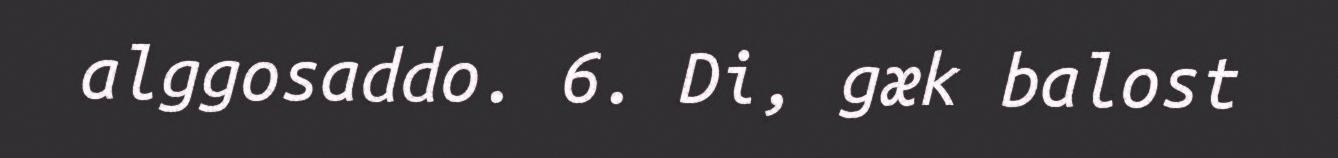
alggosaddo. 6. Di, gæk balost